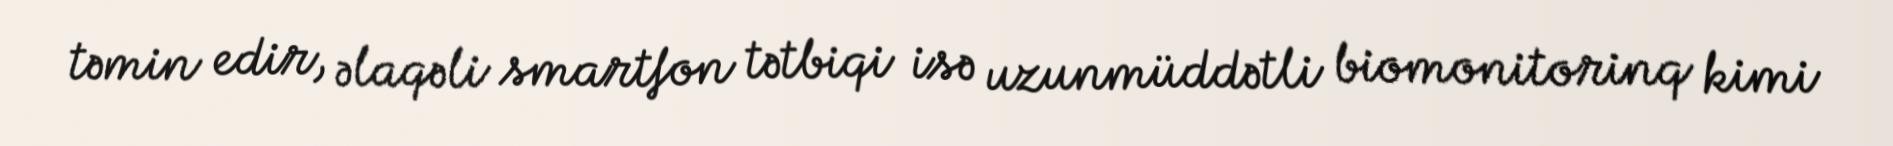
təmin edir, əlaqəli smartfon tətbiqi isə uzunmüddətli biomonitorinq kimi